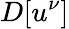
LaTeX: D[u^{\nu}]